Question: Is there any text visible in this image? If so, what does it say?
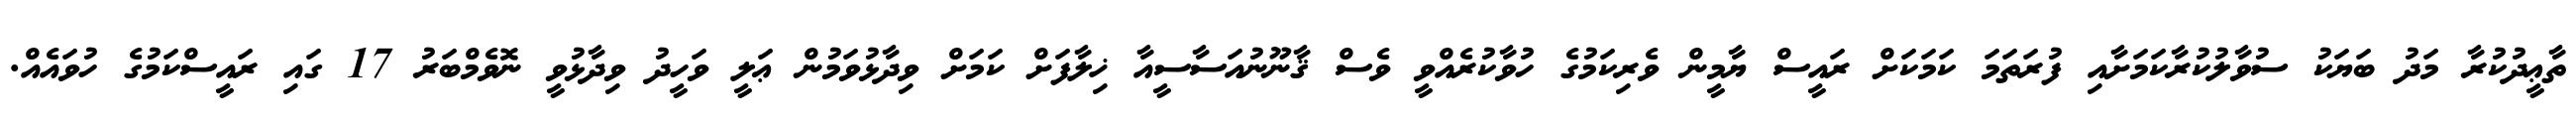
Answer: ތާޢީދުކުރާ މަދު ބަޔަކު ސުވާލުކުރާކަމަށާއި ފުރަތަމަ ކަމަކަށް ރައީސް ޔާމީން ވެރިކަމުގެ ހުވާކުރެއްވީ ވެސް ޤާނޫނުއަސާސީއާ ޚިލާފަށް ކަމަށް ވިދާޅުވަމުން ޢަލީ ވަހީދު ވިދާޅުވީ ނޮވެމްބަރު 17 ގައި ރައީސްކަމުގެ ހުވައެއް.